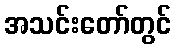
အသင်းတော်တွင်